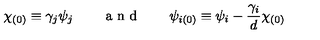
\chi _ { ( 0 ) } \equiv \gamma _ { j } \psi _ { j } \qquad \textup { a n d } \qquad \psi _ { i ( 0 ) } \equiv \psi _ { i } - \frac { \gamma _ { i } } { d } \chi _ { ( 0 ) }